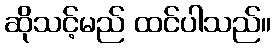
ဆိုသင့်မည် ထင်ပါသည်။